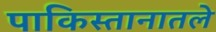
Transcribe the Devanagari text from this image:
पाकिस्तानातले